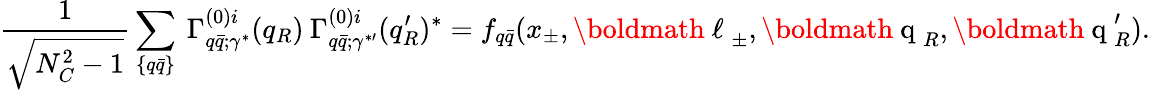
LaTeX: \frac 1{\sqrt{N_{C}^{2}-1}}\sum_{\{ q\bar{q}\} }\: \Gamma_{q\bar{q};\gamma^{*}}^{(0)i}(q_{R})\: \Gamma_{q\bar{q};\gamma^{*\prime}}^{(0)i}(q_{R}^{\prime})^{*}=f_{q\bar{q}}(x_{\pm},\mathrm{\boldmath~\ell~}_{\pm},\mathrm{\boldmath~q~}_{R},\mathrm{\boldmath~q~}_{R}^{\prime}).